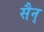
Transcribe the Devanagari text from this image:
सैन्